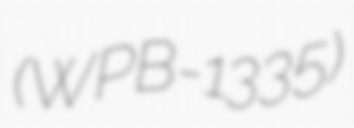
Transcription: (WPB-1335)